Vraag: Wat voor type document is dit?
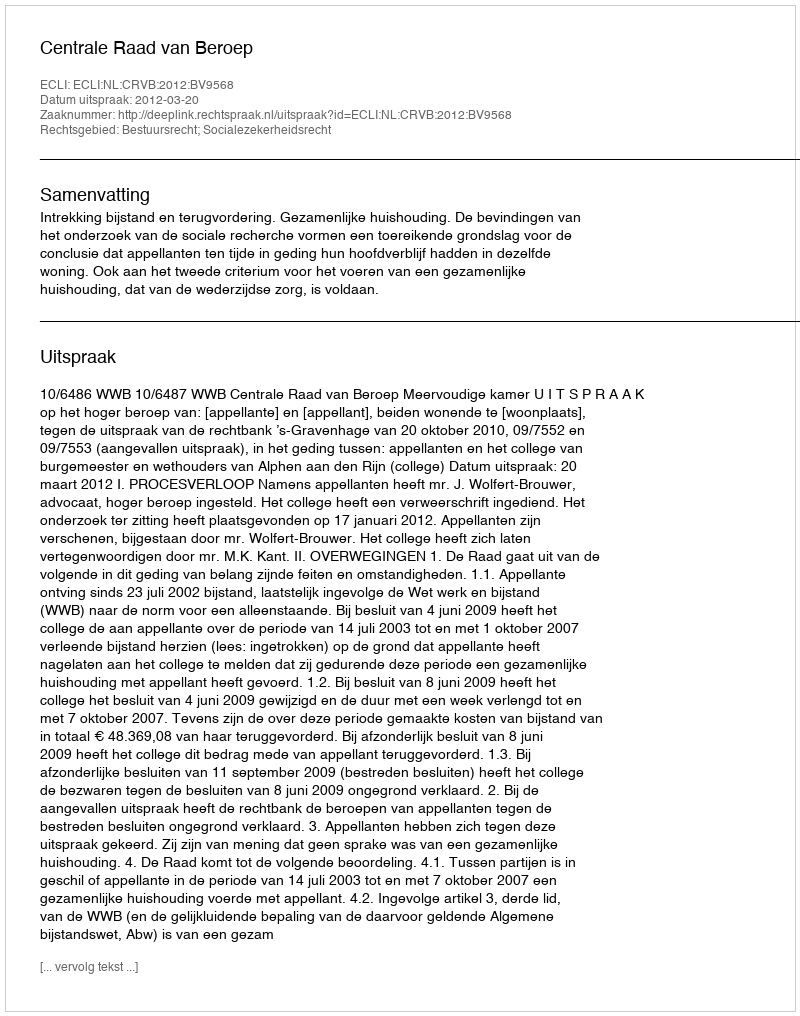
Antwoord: Uitspraak